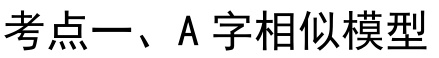
考点一、A字相似模型